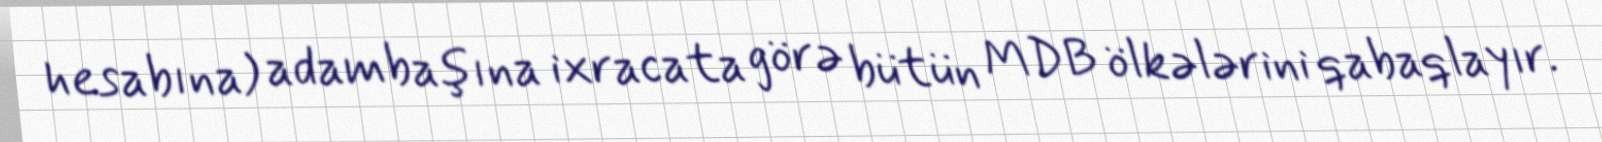
hesabına) adambaşına ixracata görə bütün MDB ölkələrini qabaqlayır.